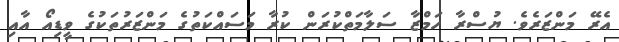
އެރޭ މަންޒަރެވެ. ޔުސްރާ ހަމްޒާ ސަލާމަތްކުރަން ކުރާ މަސައްކަތުގެ މަންޒަރުތަކުގެ ވީޑިއޯ އާއި